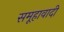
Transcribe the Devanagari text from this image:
समूहावादी